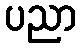
ပညာ